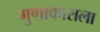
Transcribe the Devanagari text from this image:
गुणाकाराला